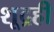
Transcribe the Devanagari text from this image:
शूद्रही